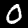
Digit: 0